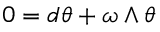
0 = d \theta + \omega \wedge \theta